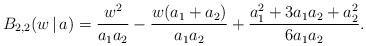
LaTeX: \begin{align*}B_{2,2}(w\,|\,a) =\frac{w^2}{a_1a_2}-\frac{w(a_1+a_2)}{a_1a_2}+\frac{a_1^2+3a_1a_2+a_2^2}{6a_1a_2}.\end{align*}